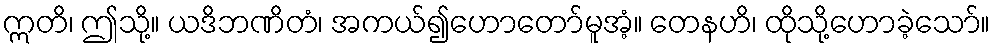
ဣတိ၊ ဤသို့။ ယဒိဘဏိတံ၊ အကယ်၍ဟောတော်မူအံ့။ တေနဟိ၊ ထိုသို့ဟောခဲ့သော်။